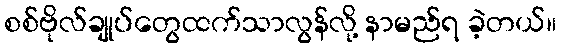
စစ်ဗိုလ်ချုပ်တွေထက်သာလွန်လို့ နာမည်ရ ခဲ့တယ်။